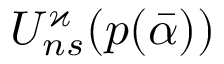
U _ { n s } ^ { \varkappa } ( p ( \bar { \alpha } ) )